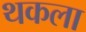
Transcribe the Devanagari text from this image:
थकला